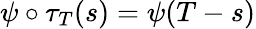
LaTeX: \psi\circ\tau_{T}(s)=\psi(T-s)